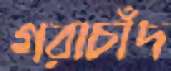
গরাচাঁদ